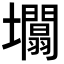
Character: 𡓲